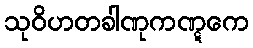
သုဝိဟတခါဏုကဏ္ဋကေ